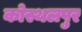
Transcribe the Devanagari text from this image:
कोस्थलपुर